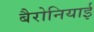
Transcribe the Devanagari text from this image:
बैरोनियाई